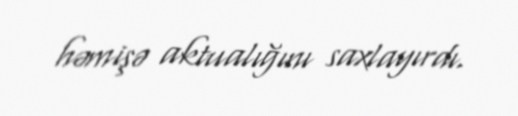
həmişə aktualığını saxlayırdı.